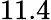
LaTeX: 11.4